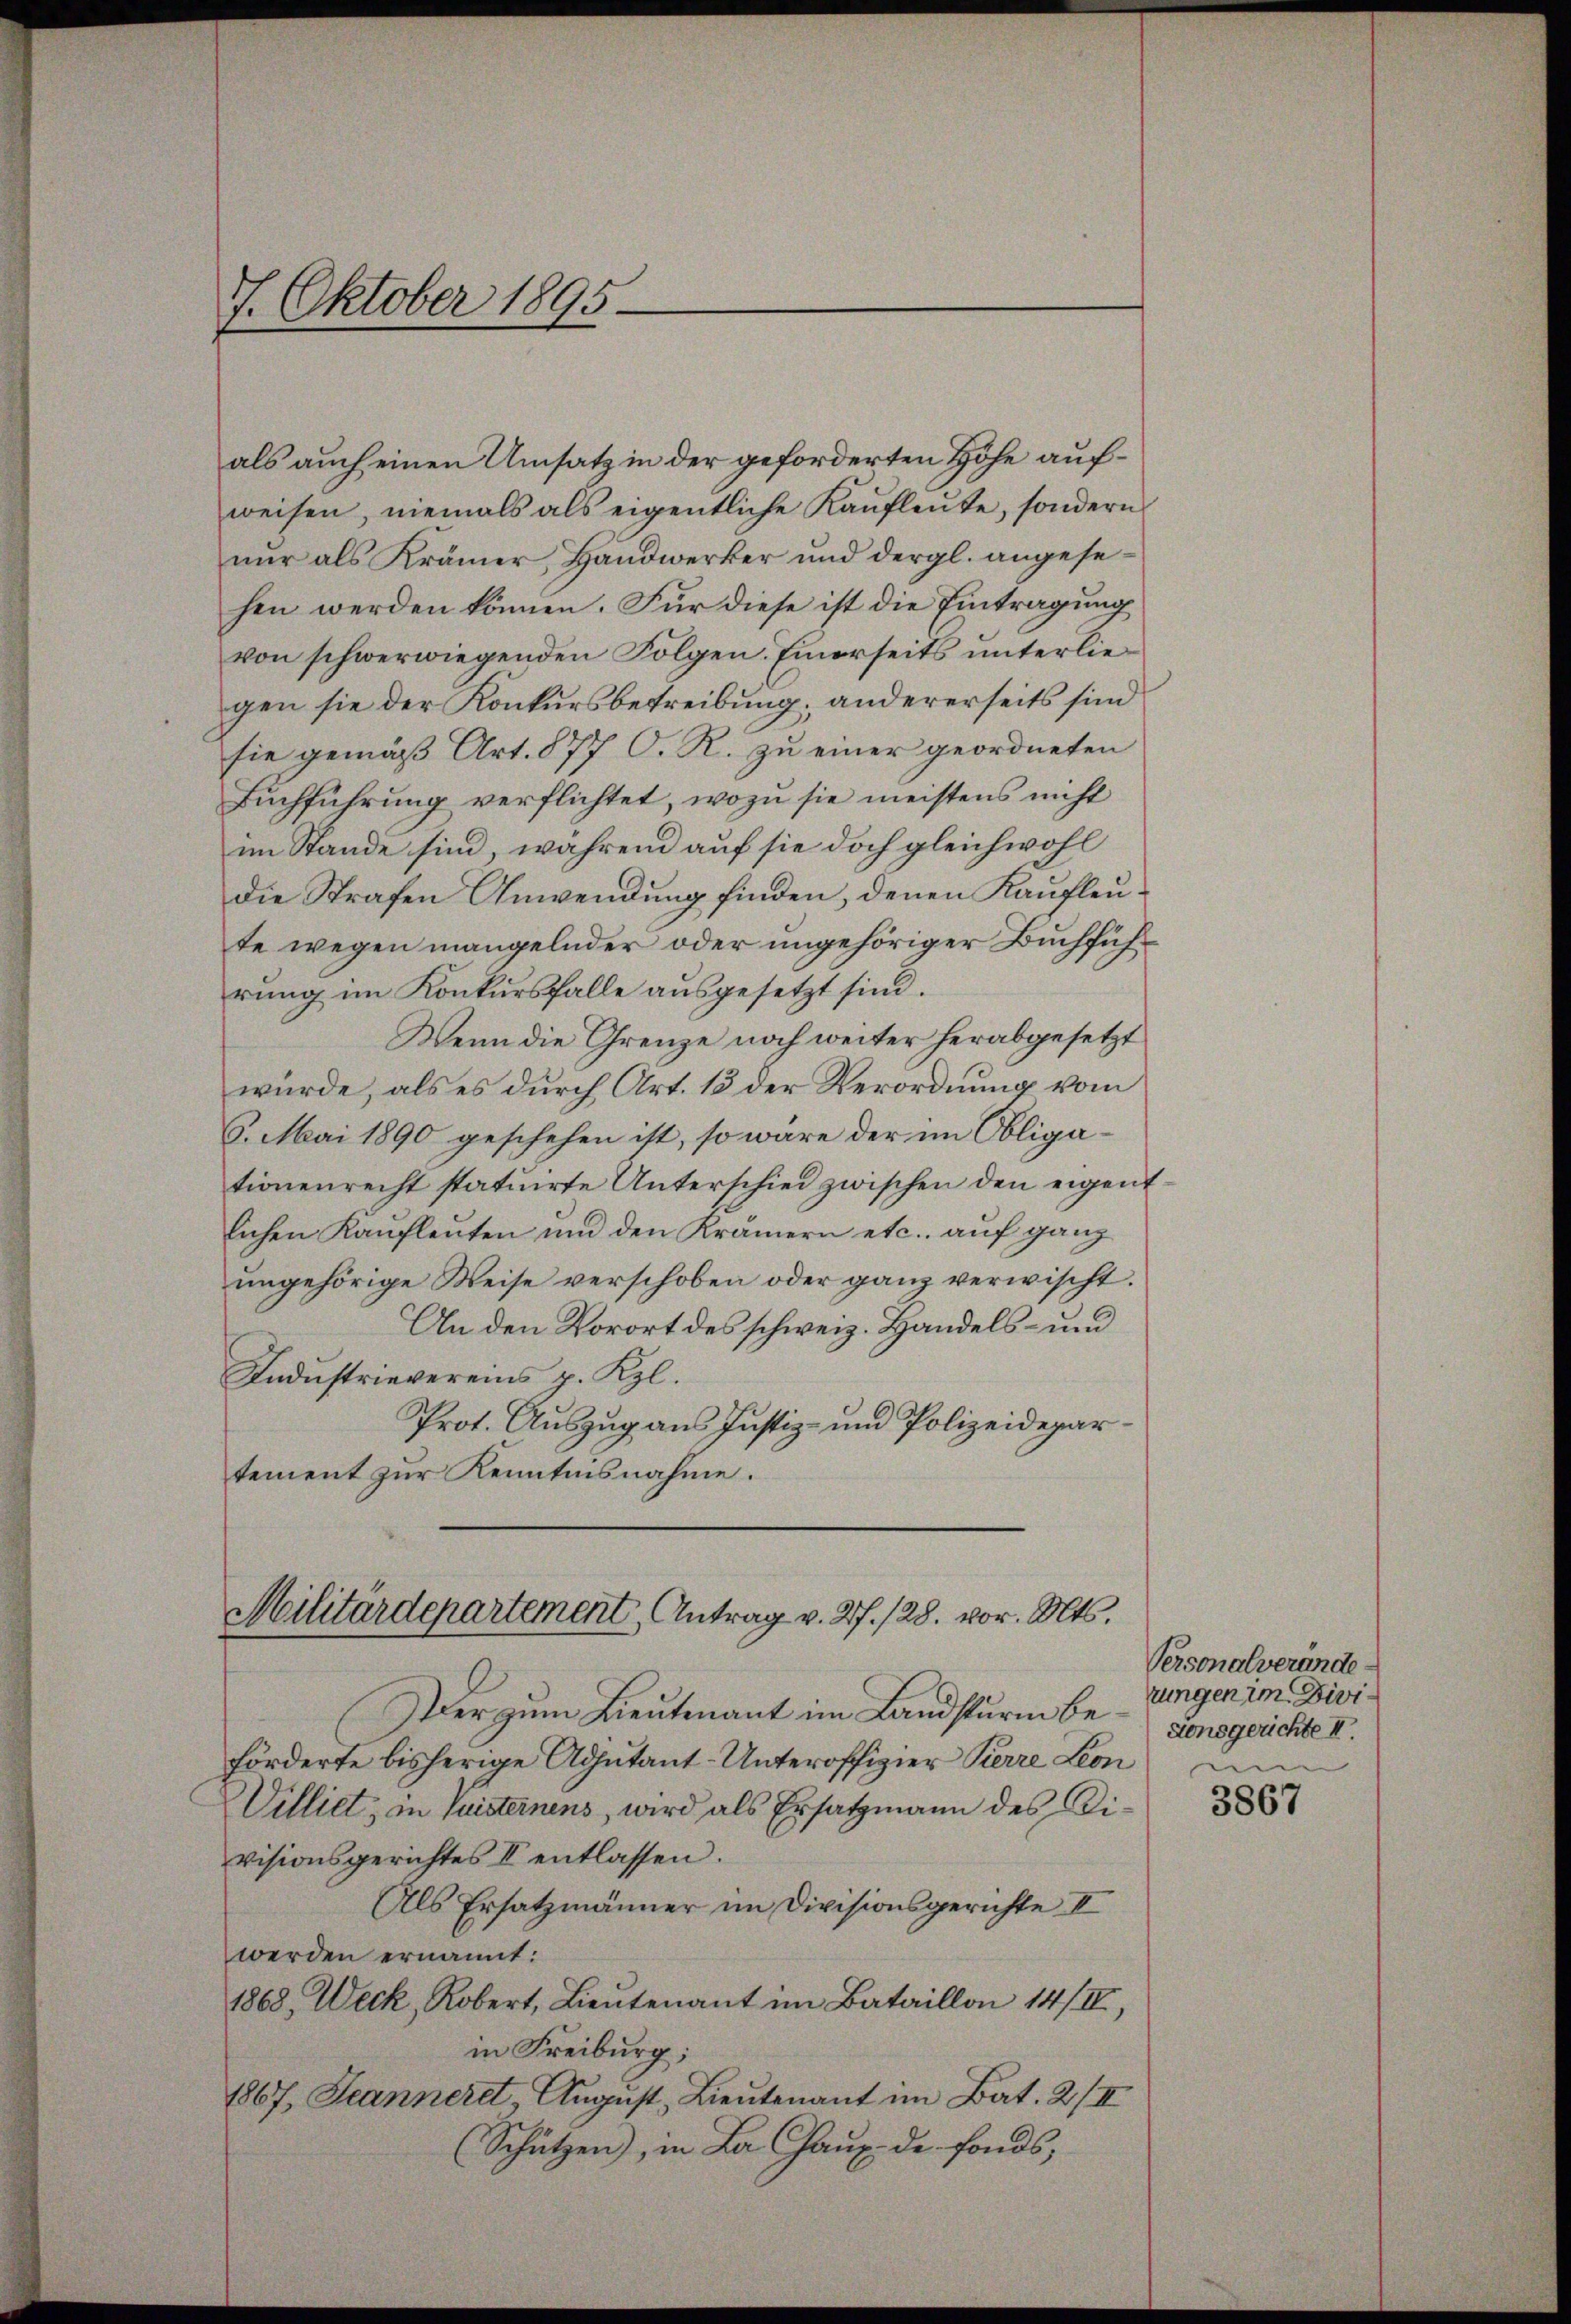
7. Oktober 1895

als auch einen Umsatz in der geforderten Höhe aufweisen, niemals als eigentliche Kaufleute, sondern
nŭr als Krämer, Handwerker und dergl. angesehen werden können. Für diese ist die Eintragung
von schwerwiegenden Folgen. Einerseits ŭnterliegen sie der Konkursbetreibung; andererseits sind
sie gemäß Art. 877 O. R. zu einer geordneten
Buchführung verflichtet, wozu sie meistens nicht
im Stande sind, wahrend auf sie doch gleichwohl
Die Strafen Anwendung finden, denen Kaufleute wegen mangelnder oder ungehöriger Buchführung im Konkursfalle ausgesetzt sind.
Wenn die Grenze noch weiter herabgesetzt
würde, als es durch Art. 13 der Verordnung vom
6. Mai 1890 geschehen ist, so wäre der im Obliga-
tionenrecht statuirte Unterschied zwischen den eigentlichen Kauflenten und den Krämern etc. auf ganz
ŭngehörige Weise verschoben oder ganz verwischt.
An den Vorort des schweiz. Handels- und
Industrievereins p. Kzl.
Prot. Auszug aus Justiz- und Polizeidepar
tement zur Kenntnisnahme.

Militärdepartement Antrag v. 27. 128. vor. Mts.

Der zum Lieutenant im Landsturm beförderte bisherige Adjutant-Unteroffizier Pierre Leon
Villiet, in Susteinens, wird als Ersatzmann des Divisionsgerichtes II entlassen.
Als Ersatzmänner im Divisionsgerichte II
werden ernannt:
1868. Weck, Robert, Lieŭtenant im Bataillon 14/II,
in Freiburg;
1867, Jeanneret, August Lieutenant im Bat. 2/III
(Schützen, in La Chaux de fonds,

Personalveränderungen im Dividonsgerichte II.

3867